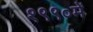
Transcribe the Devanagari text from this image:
१९९०में